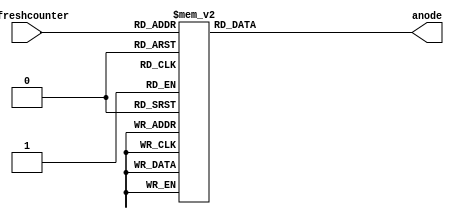
`timescale 1ns / 1ps
//////////////////////////////////////////////////////////////////////////////////
// Company: 
// Engineer: 
// 
// Design Name: 
// Module Name: anode_control
// Project Name: 
// Target Devices: 
// Tool Versions: 
// Description: 
// 
// Dependencies: 
// 
// Revision:
// Revision 0.01 - File Created
// Additional Comments:
// 
//////////////////////////////////////////////////////////////////////////////////


module anode_control(
input [2:0] refreshcounter,
output reg[7:0] anode = 0
    );
    
always@(refreshcounter)
begin
    case(refreshcounter)
        3'b000:
            anode = 8'b11111110; //digit 1 (rightmost)
        3'b001:
            anode = 8'b11111101; // digit 2
        3'b010:
            anode = 8'b11111011; // digit 3
        3'b011:
            anode = 8'b11110111; // digit 4
        3'b100:
            anode = 8'b11101111; // digit 5
        3'b101:
            anode = 8'b11011111; // digit 6
        3'b110:
            anode = 8'b10111111; // digits 7
        3'b111:
            anode = 8'b01111111; // digit 8 (leftmost)
     endcase
end
endmodule